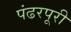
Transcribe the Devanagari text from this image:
पंढरपूरी